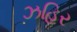
ઝહિર